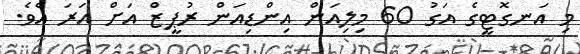
މި އަނގޮޓީގެ އަގު 60 މިލިއަން އިންޑިއަން ރުޕީޒް އަށް އަރަ އެވެ.